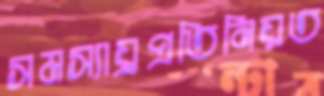
সমস্যায়্রপ্রতিনিয়ত